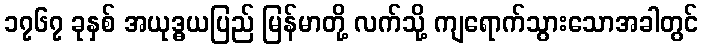
၁၇၆၇ ခုနှစ် အယုဒ္ဓယပြည် မြန်မာတို့ လက်သို့ ကျရောက်သွားသောအခါတွင်